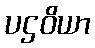
ပဌဝိယာ